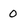
Character: o